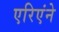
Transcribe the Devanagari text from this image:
एरिएंने